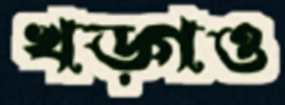
খড়্গও